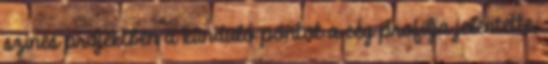
színes projektben a kiinduló pontot a cég profilja jelentette,